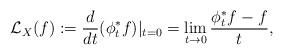
LaTeX: \begin{align*}\mathcal{L}_X(f):=\dfrac{d}{dt}(\phi_t^*f)|_{t=0} = \lim_{t\rightarrow 0}\dfrac{\phi_t^*f-f}{t}, \end{align*}